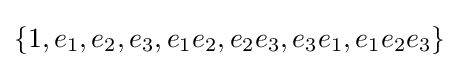
\{1,e_{1},e_{2},e_{3},e_{1}e_{2},e_{2}e_{3},e_{3}e_{1},e_{1}e_{2}e_{3}\}